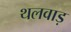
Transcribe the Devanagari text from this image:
थलवाड़